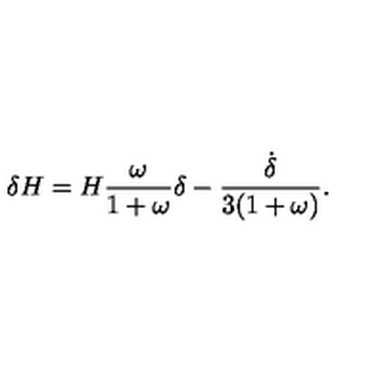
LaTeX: \delta H = H \frac { \omega } { 1 + \omega } \delta - \frac { \dot { \delta } } { 3 ( 1 + \omega ) } .